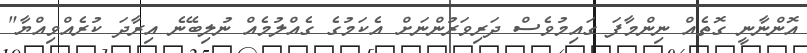
އޮންނާނީ ގޮތެއް ނިންމާފަ ގައިމުވެސް ދަރިވަރުންނަށް އެކަމުގެ ގެއްލުމެއް ނުލިބޭނެ އިރާދަ ކުރެއްވިއްޔާ"